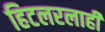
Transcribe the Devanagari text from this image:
हिटलरलाही